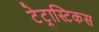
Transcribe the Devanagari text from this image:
टेट्रास्टिकस